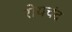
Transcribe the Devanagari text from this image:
रोयचंद